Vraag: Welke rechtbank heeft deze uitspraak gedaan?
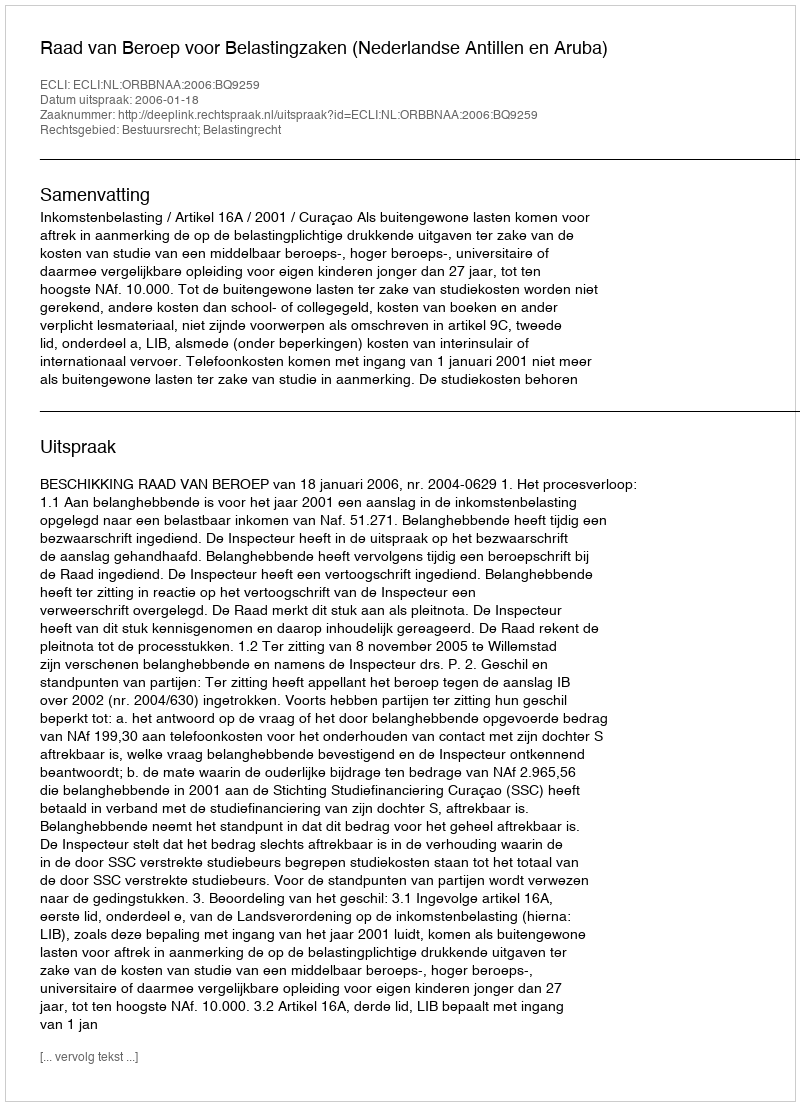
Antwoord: Raad van Beroep voor Belastingzaken (Nederlandse Antillen en Aruba)